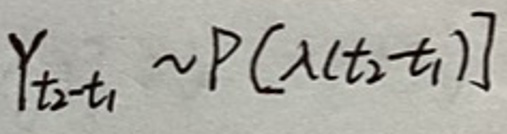
$Y_{t_2 - t_1} \sim P(\lambda(t_2 - t_1))$